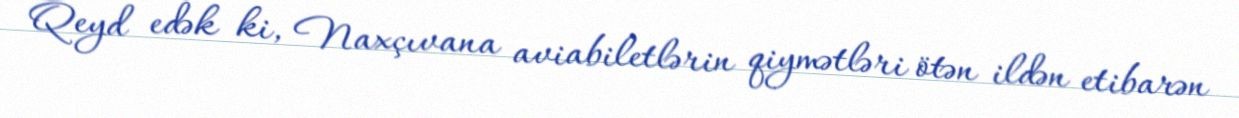
Qeyd edək ki, Naxçıvana aviabiletlərin qiymətləri ötən ildən etibarən